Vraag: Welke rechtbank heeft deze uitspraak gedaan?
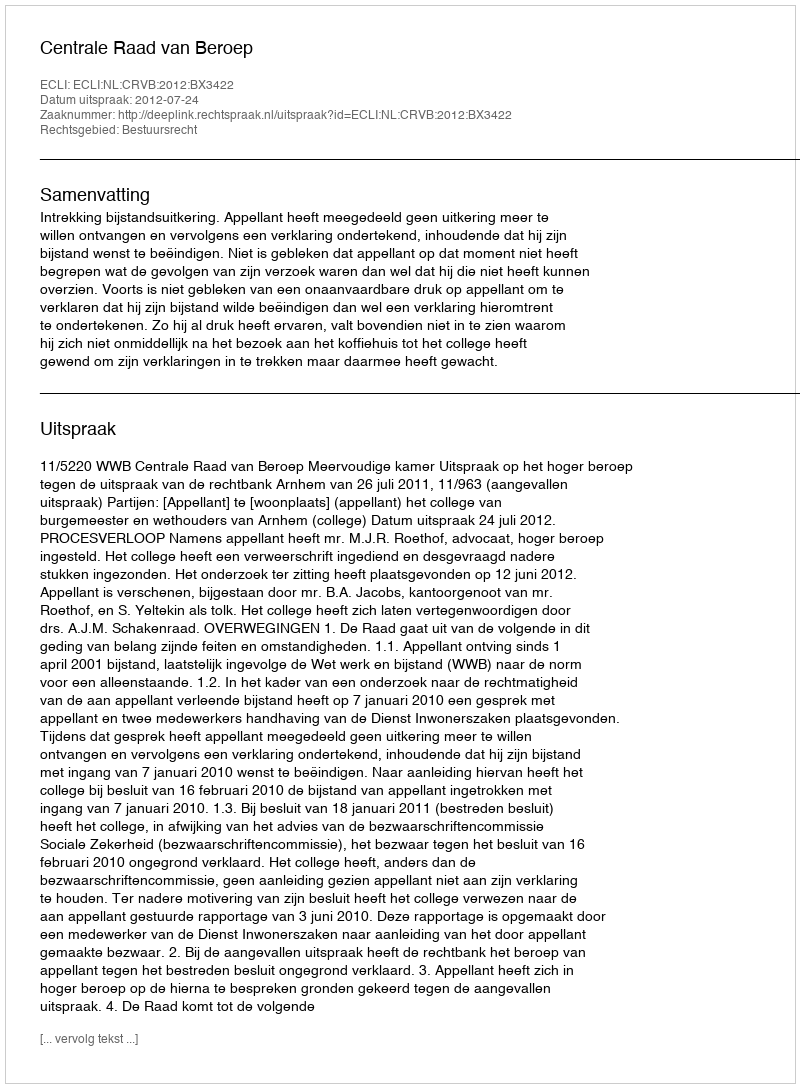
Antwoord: Centrale Raad van Beroep